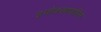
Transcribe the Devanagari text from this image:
इनोक्सापारिन